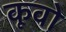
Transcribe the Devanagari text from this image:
कूवो